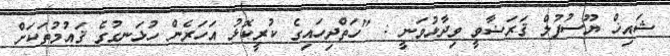
ޝައިޚް ޔޫސުފުލް ޤަރަޟާވީ ވިދާޅުވަނީ : "ހަތްދިހައިގެ ކުރީކޮޅު އަހަރެން ހުޅަނގުގެ ޤައުމުތަކަށް